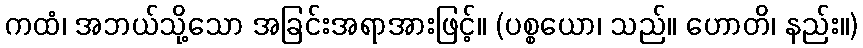
ကထံ၊ အဘယ်သို့သော အခြင်းအရာအားဖြင့်။ (ပစ္စယော၊ သည်။ ဟောတိ၊ နည်း။)